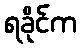
ရခိုင်က